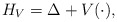
\begin{align*}H_{V}= \Delta + V(\cdot),\end{align*}